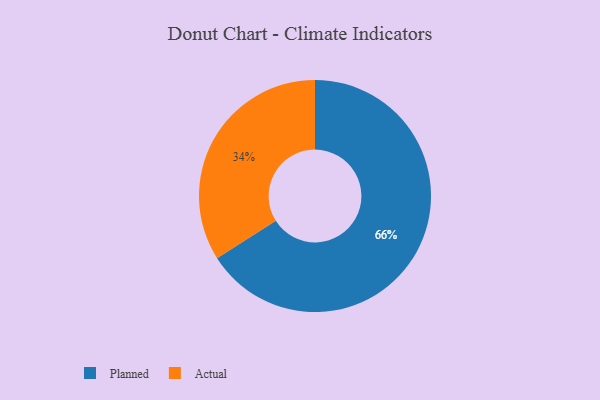
{"axis": {"x": "Category", "y": "Percentage"}, "legend": ["Actual", "Planned"], "data": [{"x": "Actual", "y": 34, "type": "Actual"}, {"x": "Planned", "y": 66, "type": "Planned"}]}